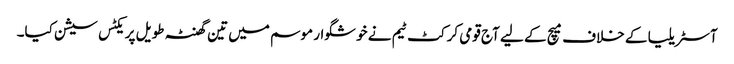
آسٹریلیا کے خلاف میچ کے لیے آج قومی کرکٹ ٹیم نے خوشگوار موسم میں تین گھنٹہ طویل پریکٹس سیشن کیا۔